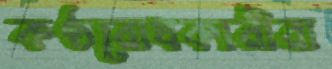
কণ্ঠরোধকারীরা